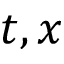
t , x